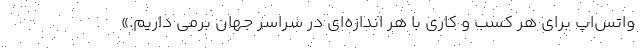
واتس‌اپ برای هر کسب و کاری با هر اندازه‌ای در سراسر جهان برمی داریم.»